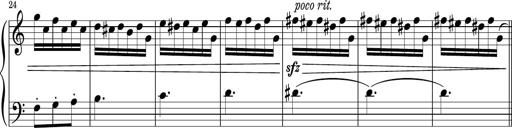
Title: Sonatina PandemÃ³nium
Composer: VÃ­ctor Carbajo
Key: C major